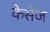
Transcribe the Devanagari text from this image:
केसेज